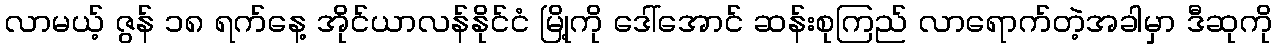
လာမယ့် ဇွန် ၁၈ ရက်နေ့ အိုင်ယာလန်နိုင်ငံ မြို့ကို ဒေါ်အောင် ဆန်းစုကြည် လာရောက်တဲ့အခါမှာ ဒီဆုကို